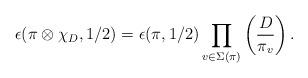
LaTeX: \begin{align*} \epsilon(\pi \otimes \chi_D, 1/2) = \epsilon(\pi,1/2) \prod_{v\in \Sigma(\pi)} \left(\frac{D}{\pi_v}\right).\end{align*}